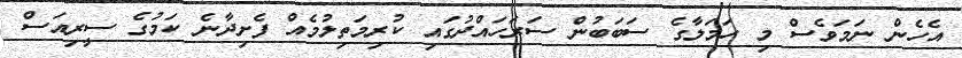
އެހެން ނަމަވެސް މި ހަމަލާގެ ސަބަބުން ސަރަހައްދުގައި ކުރިމަތިލުމެއް ފެށިދާނެ ކަމުގެ ސީރިއަސް